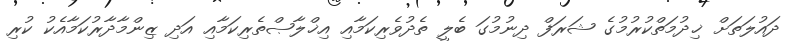
ދައުލަތަށް ޚިދުމަތްކުރުމުގެ ޝަރަފް ދިނުމުގަ ބެލީ ތެދުވެރިކަމާއި އިޚްލާޞްތެރިކަމާއި އަދި ޒިންމާދާރުކަމާއެކު ކުރި